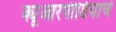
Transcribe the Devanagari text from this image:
क्यूआरपीडियाचे